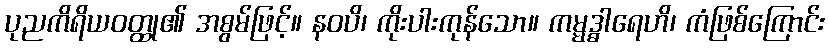
ပုညကိရိယဝတ္ထု၏ အစွမ်ဖြင့်။ နဝပိ၊ ကိုးပါးကုန်သော။ ကမ္မဒ္ဓါရေဟိ၊ ကံဖြစ်ကြောင်း